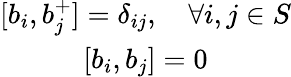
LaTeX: \begin{array}{c}{{[b_{i},b_{j}^{+}]=\delta_{ij},\quad\forall i,j\in S}}\\ {{[b_{i},b_{j}]=0}}\end{array}